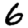
Digit: 6